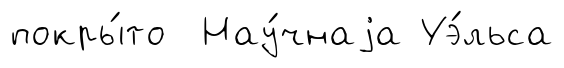
покры́то Нау́чнаjа Уэ́льса